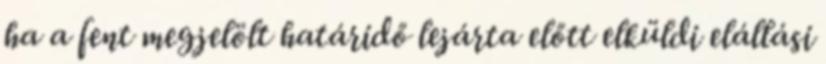
ha a fent megjelölt határidő lejárta előtt elküldi elállási